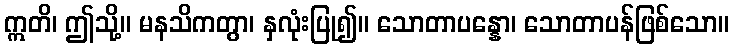
ဣတိ၊ ဤသို့။ မနသိကတွာ၊ နှလုံးပြု၍။ သောတာပန္နော၊ သောတာပန်ဖြစ်သော။